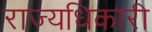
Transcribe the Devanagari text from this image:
राज्यधिकारी